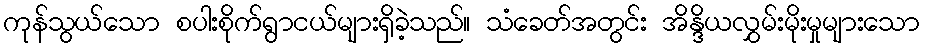
ကုန်သွယ်သော စပါးစိုက်ရွာငယ်များရှိခဲ့သည်။ သံခေတ်အတွင်း အိန္ဒိယလွှမ်းမိုးမှုများသော